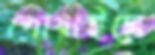
পোষাইলে